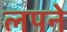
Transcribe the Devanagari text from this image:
लपने